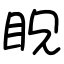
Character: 眖